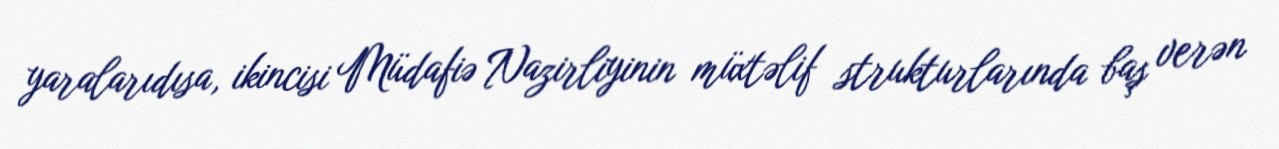
yaralarıdısa, ikincisi Müdafiə Nazirliyinin müxtəlif strukturlarında baş verən